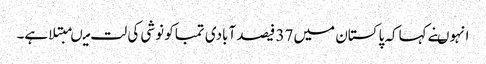
انہوںنے کہاکہ پاکستان میں 37 فیصد آبادی تمباکو نوشی کی لت میںمبتلا ہے۔